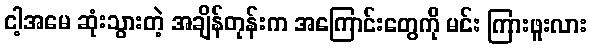
ငါ့အမေ ဆုံးသွားတဲ့ အချိန်တုန်းက အကြောင်းတွေကို မင်း ကြားဖူးလား